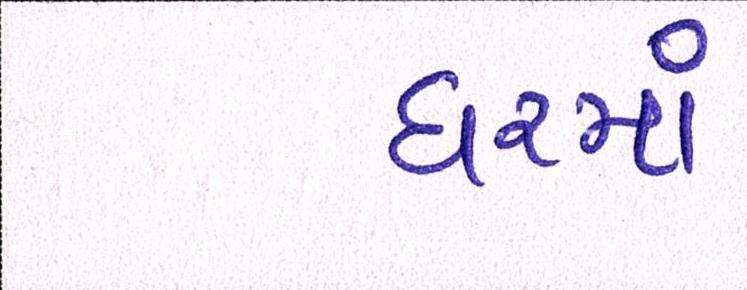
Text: ધરમાં